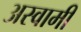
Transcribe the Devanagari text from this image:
अस्वामी